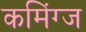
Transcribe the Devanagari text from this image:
कमिंग्ज